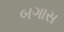
બગાસ